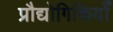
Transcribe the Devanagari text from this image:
प्रौद्योगिकियोँ